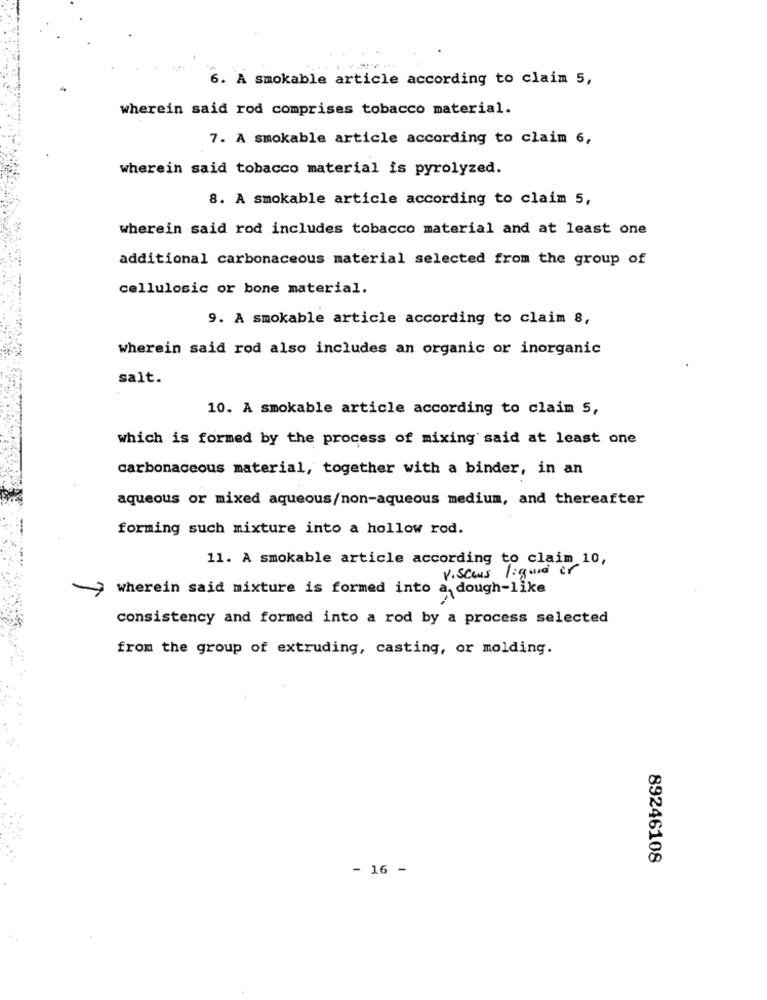
6. A smokable article according to claim 5,
wherein said rod comprises tobacco material.
7. A smokable article according to claim 6,
wherein said tobacco material is pyrolyzed.
8. A smokable article according to claim 5,
wherein said rod includes tobacco material and at least one
additional carbonaceous material selected from the group of
cellulosic or bone material.
9. A smokable article according to claim 8,
wherein said rod also includes an organic or inorganic
salt.
10. A smokable article according to claim 5,
which is formed by the process of mixing said at least one
carbonaceous material, together with a binder, in an
aqueous or mixed aqueous/non-aqueous medium, and thereafter
forming such mixture into a hollow rod.
11. A smokable article according to claim 10,
Viscous liquid or
wherein said mixture is formed into a, dough-like
consistency and formed into a rod by a process selected
from the group of extruding, casting, or molding.
89246108
- 16 -